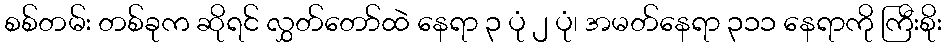
စစ်တမ်း တစ်ခုက ဆိုရင် လွှတ်တော်ထဲ နေရာ ၃ ပုံ ၂ ပုံ၊ အမတ်နေရာ ၃၁၁ နေရာကို ကြီးစိုး